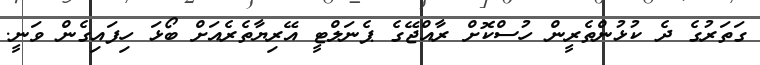
ގަތަރުގެ ދެ ކުޅުންތެރީން ހުސްކޮށް ރާއްޖޭގެ ޕެނަލްޓީ އޭރިޔާތެރެއަށް ބޯޅަ ހިފައިގެން ވަނީ.